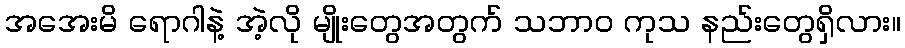
အအေးမိ ရောဂါနဲ့ အဲ့လို မျိုးတွေအတွက် သဘာဝ ကုသ နည်းတွေရှိလား။